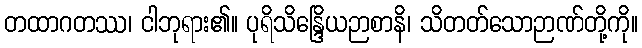
တထာဂတဿ၊ ငါဘုရား၏။ ပုရိသိန္ဒြေိယဉာစာနိ၊ သိတတ်သောဉာဏ်တို့ကို။